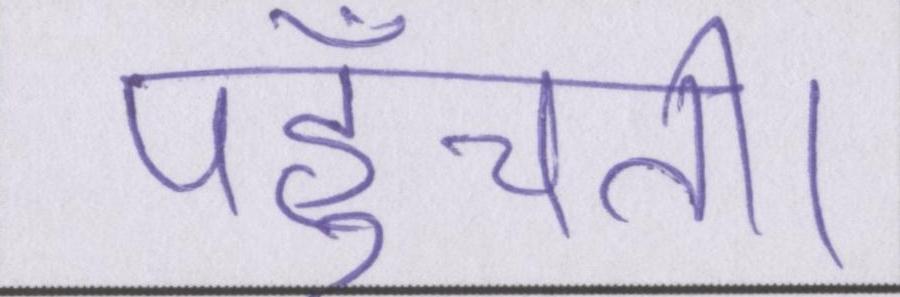
पहुँचती।